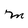
Character: M